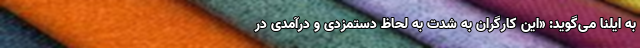
به ایلنا می‌گوید: «این کارگران به شدت به لحاظ دستمزدی و درآمدی در